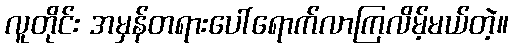
လူတိုင်း အမှန်တရားပေါ်ရောက်လာကြလိမ့်မယ်တဲ့။